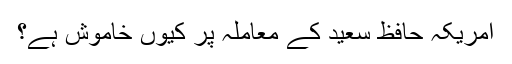
امریکہ حافظ سعید کے معاملہ پر کیوں خاموش ہے؟